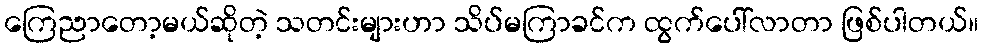
ကြေညာတော့မယ်ဆိုတဲ့ သတင်းများဟာ သိပ်မကြာခင်က ထွက်ပေါ်လာတာ ဖြစ်ပါတယ်။